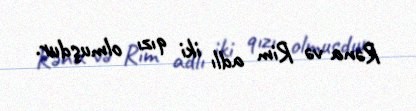
Rəna və Rim adlı iki qızı olmuşdur.